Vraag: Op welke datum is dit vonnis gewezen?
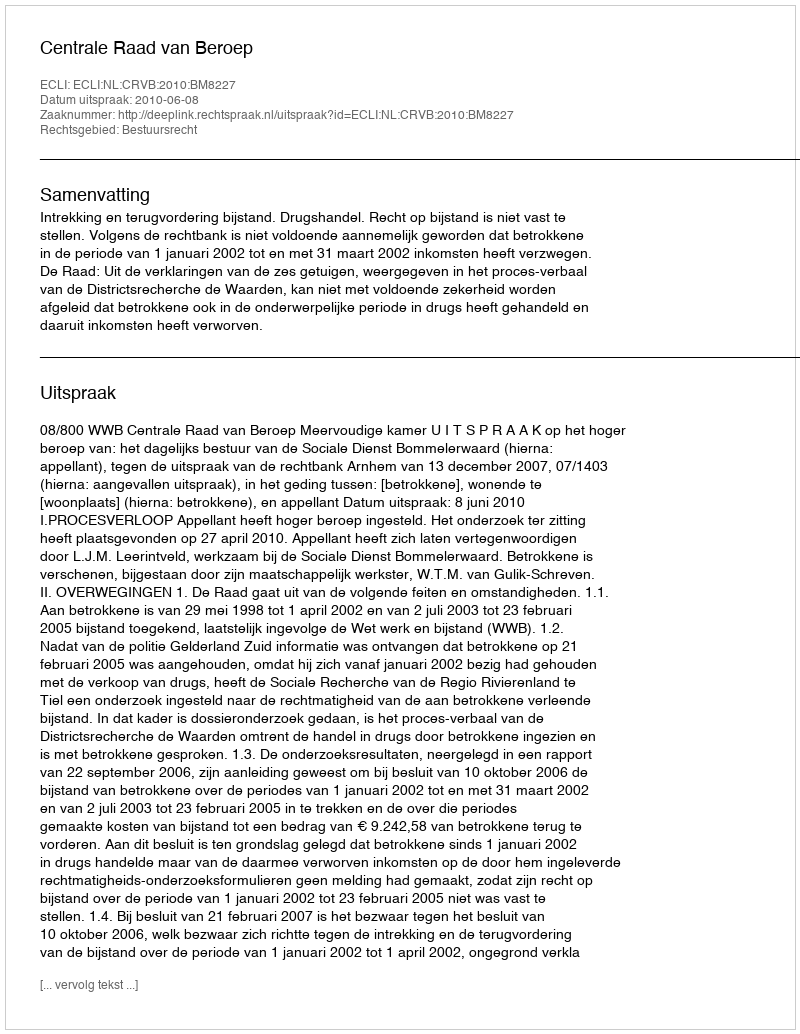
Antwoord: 2010-06-08